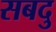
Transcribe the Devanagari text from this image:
सबदु